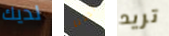
لديك تجدنا تريد